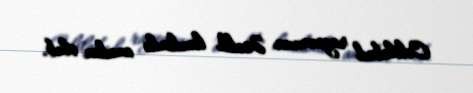
Cəlilabad rayonunun Əsədli kəndində anadan olub.